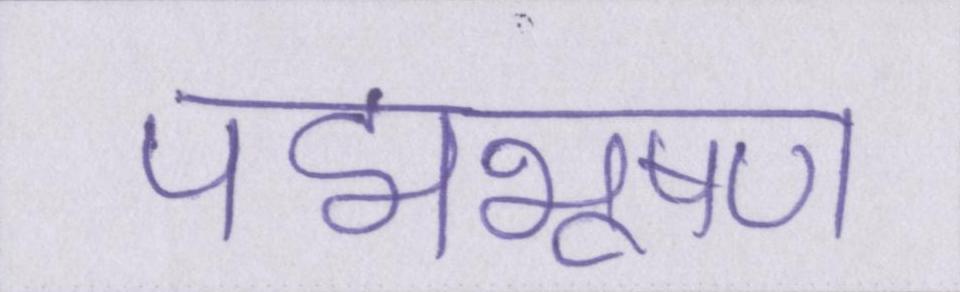
पद्मभूषण